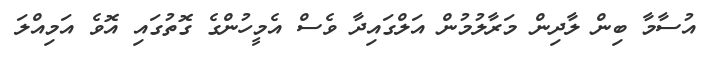
އުސާމާ ބިން ލާދިން މަރާލުމުން އަލްގައިދާ ވެސް އެމީހުންގެ ގޮތުގައި އޮވެ އަމިއްލަ